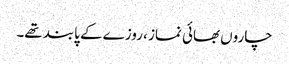
چاروں بھائی نماز ، روزے کے پابند تھے۔